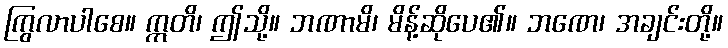
ကြွလာပါစေ။ ဣတိ၊ ဤသို့။ ဘဏာမိ၊ မိန့်ဆိုပေ၏။ ဘဏေ၊ အချင်းတို့။